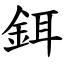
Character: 鉺